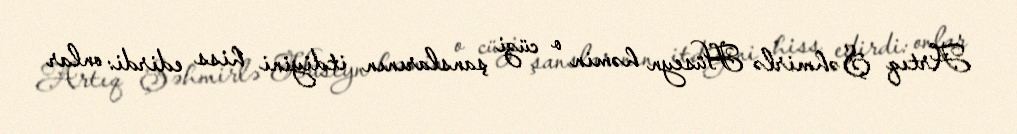
Artıq Şəhmirlə Hüseyn həmin o cüzi şanslarının itdiyini hiss edirdi: onlar